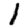
Digit: 1